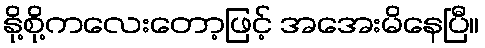
နို့စို့ကလေးတော့ဖြင့် အအေးမိနေပြီ။